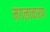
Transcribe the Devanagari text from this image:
मंगलाचारण